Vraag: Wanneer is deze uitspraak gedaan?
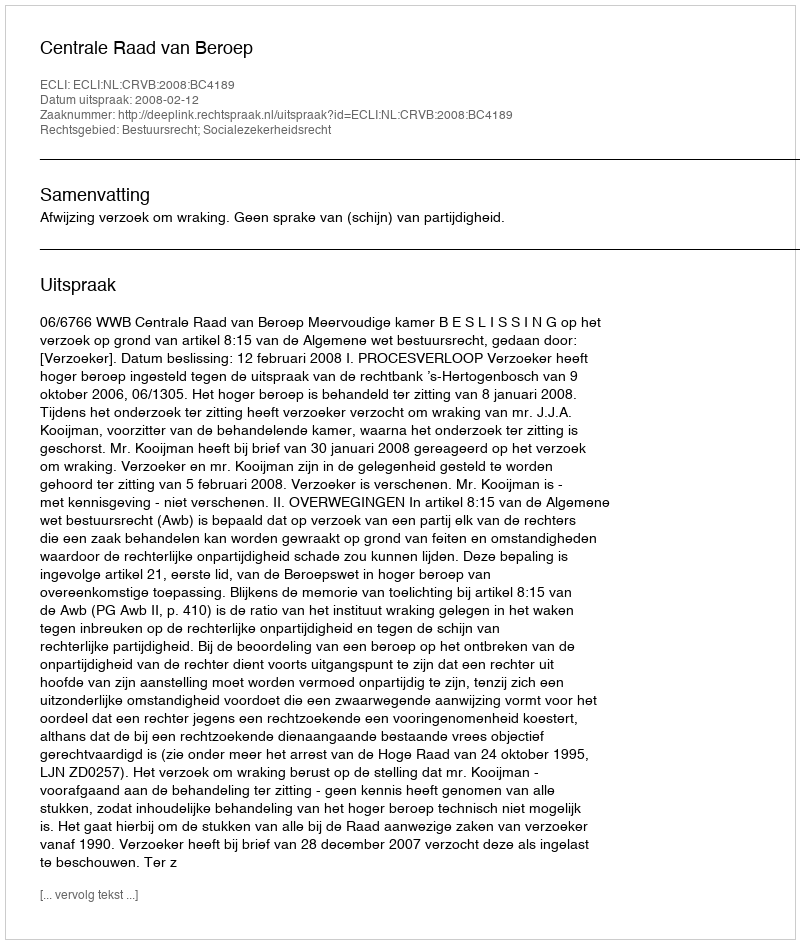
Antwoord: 2008-02-12